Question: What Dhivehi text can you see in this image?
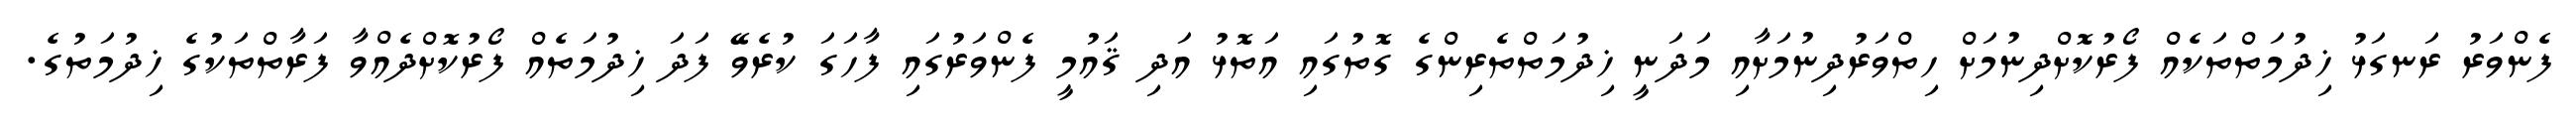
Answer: ފެންވަރު ރަނގަޅު ޚިދުމަތްތަކެއް ފޯރުކޮށްދިނުމަށް ހިތްވަރުދިނުމަށާއި މަދަނީ ޚިދުމަތްތެރިންގެ ގޮތުގައި އަތޮޅު އަދި ޤައުމީ ފެންވަރުގައި ފާހަގަ ކުރެވޭ ފަދަ ޚިދުމަތެއް ފޯރުކޮށްދެއްވާ ފަރާތްތަކުގެ ޚިދުމަތުގެ.